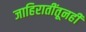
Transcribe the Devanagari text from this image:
जाहिरातींतूनही